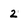
Character: 2